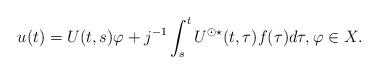
LaTeX: \begin{align*} u(t) = U(t,s)\varphi + j^{-1} \int_s^t U^{\odot \star}(t,\tau) f(\tau) d\tau, \varphi \in X.\end{align*}